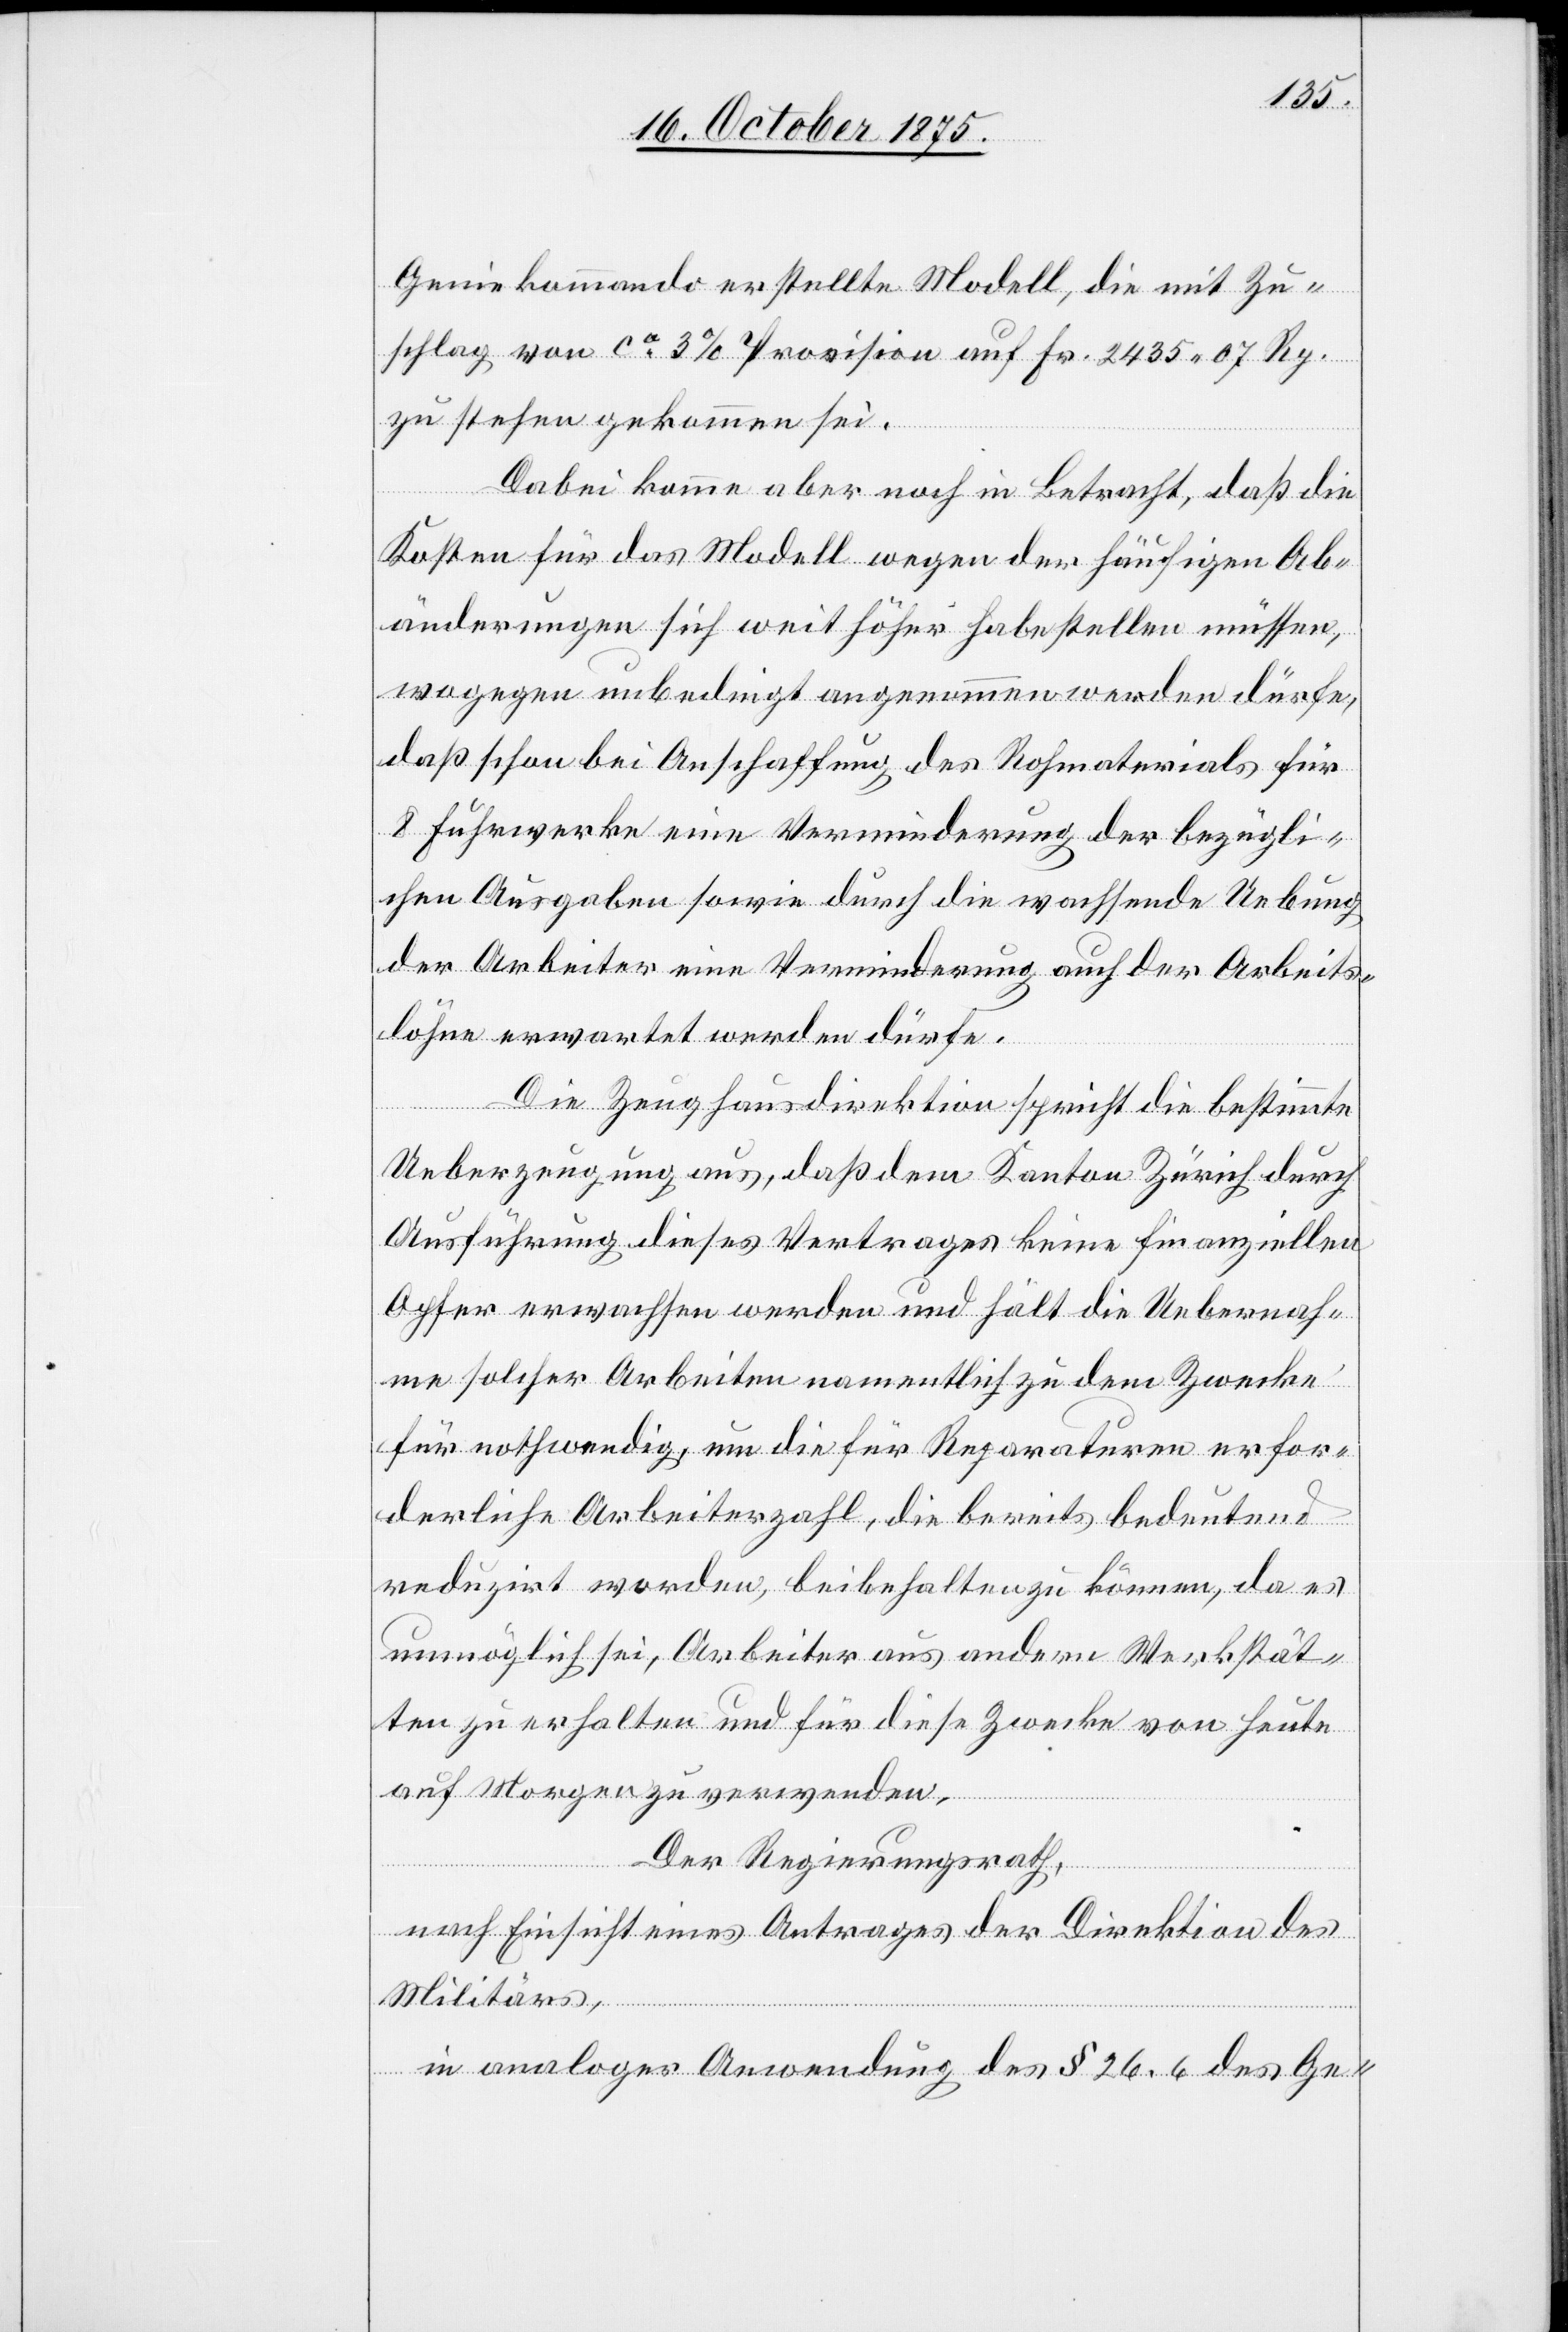
Geniekommando erstellte Modell, die mit Zu¬
schlag von ca 3% Provision auf Fr. 2435 07 Rp.
zu stehen gekommen sei.
Dabei komme aber noch in Betracht, daß die
Kosten für das Modell wegen der häufigen Ab¬
änderungen sich weit höher habe stellen müssen,
wogegen unbedingt angenommen werden dürfe,
daß schon bei Anschaffung des Rohmaterials für
8 Fuhrwerke eine Verminderung der bezügli¬
chen Ausgaben sowie durch die wachsende Uebung
der Arbeiter eine Verminderung auch der Arbeits¬
löhne erwartet werden dürfe.
Die Zeughausdirektion spricht die bestimmte
Ueberzeugung aus, daß dem Kanton Zürich durch
Ausführung dieses Vertrages keine finanziellen
Opfer erwachsen werden und hält die Uebernah¬
me solcher Arbeiten namentlich zu dem Zwecke
für nothwendig, um die für Reparaturen erfor¬
derliche Arbeiterzahl, die bereits bedeutend
reduzirt worden, beibehalten zu können, da es
unmöglich sei, Arbeiter aus andern Werkstät¬
ten zu erhalten und für diese Zwecke von Heute
auf Morgen zu verwenden.
Der Regierungsrath,
nach Einsicht eines Antrages der Direktion des
Militärs,
in analoger Anwendung des § 26.6 des Ge-